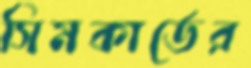
সিমকার্ডের